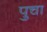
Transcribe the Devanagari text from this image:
पुचा